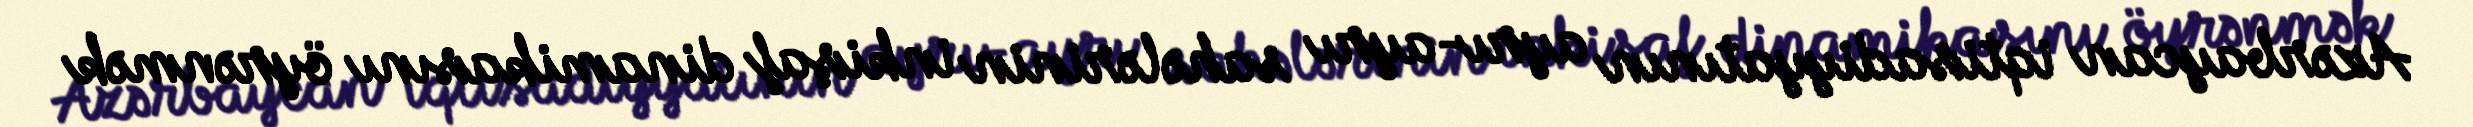
Azərbaycan iqtisadiyyatının ayrı-ayrı sahələrinin inkişaf dinamikasını öyrənmək